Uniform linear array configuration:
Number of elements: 32
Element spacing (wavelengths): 0.5
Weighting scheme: cosine
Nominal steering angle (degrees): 0
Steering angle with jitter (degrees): -1.315
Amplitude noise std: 0.05
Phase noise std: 0.05

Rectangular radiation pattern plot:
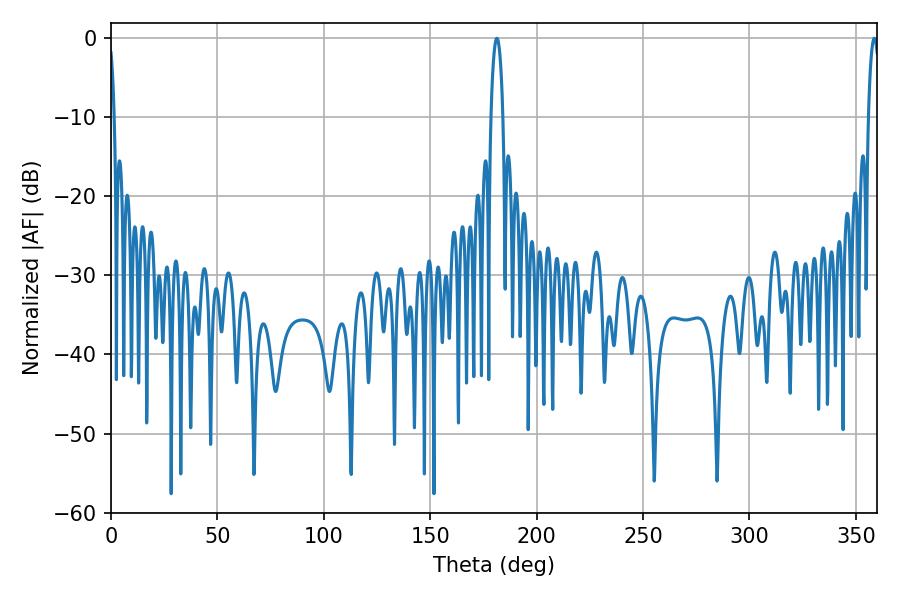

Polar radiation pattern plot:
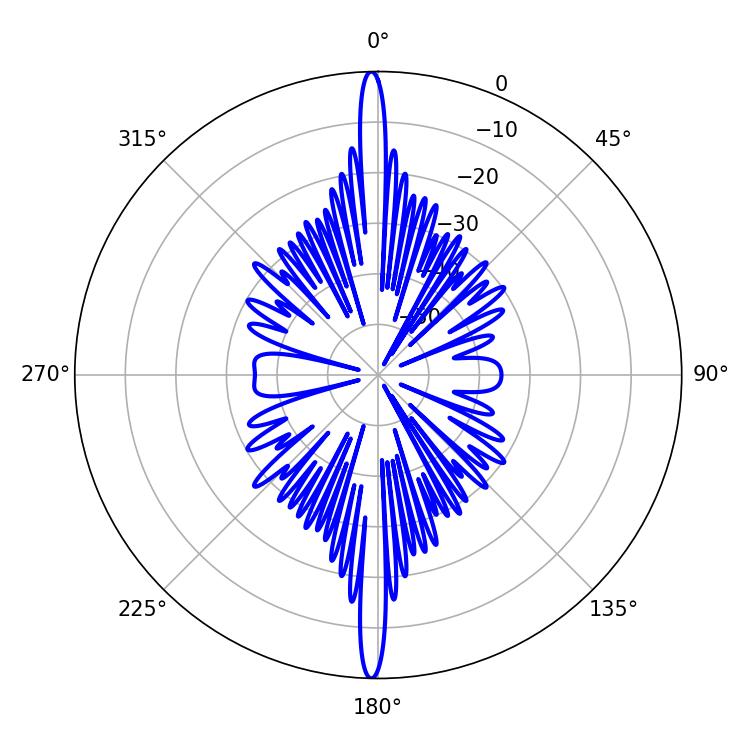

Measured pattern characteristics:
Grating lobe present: FALSE
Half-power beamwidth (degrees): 3.06
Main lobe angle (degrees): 181.26